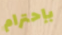
بإحترام